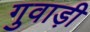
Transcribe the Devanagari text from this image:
गुवाड़ी